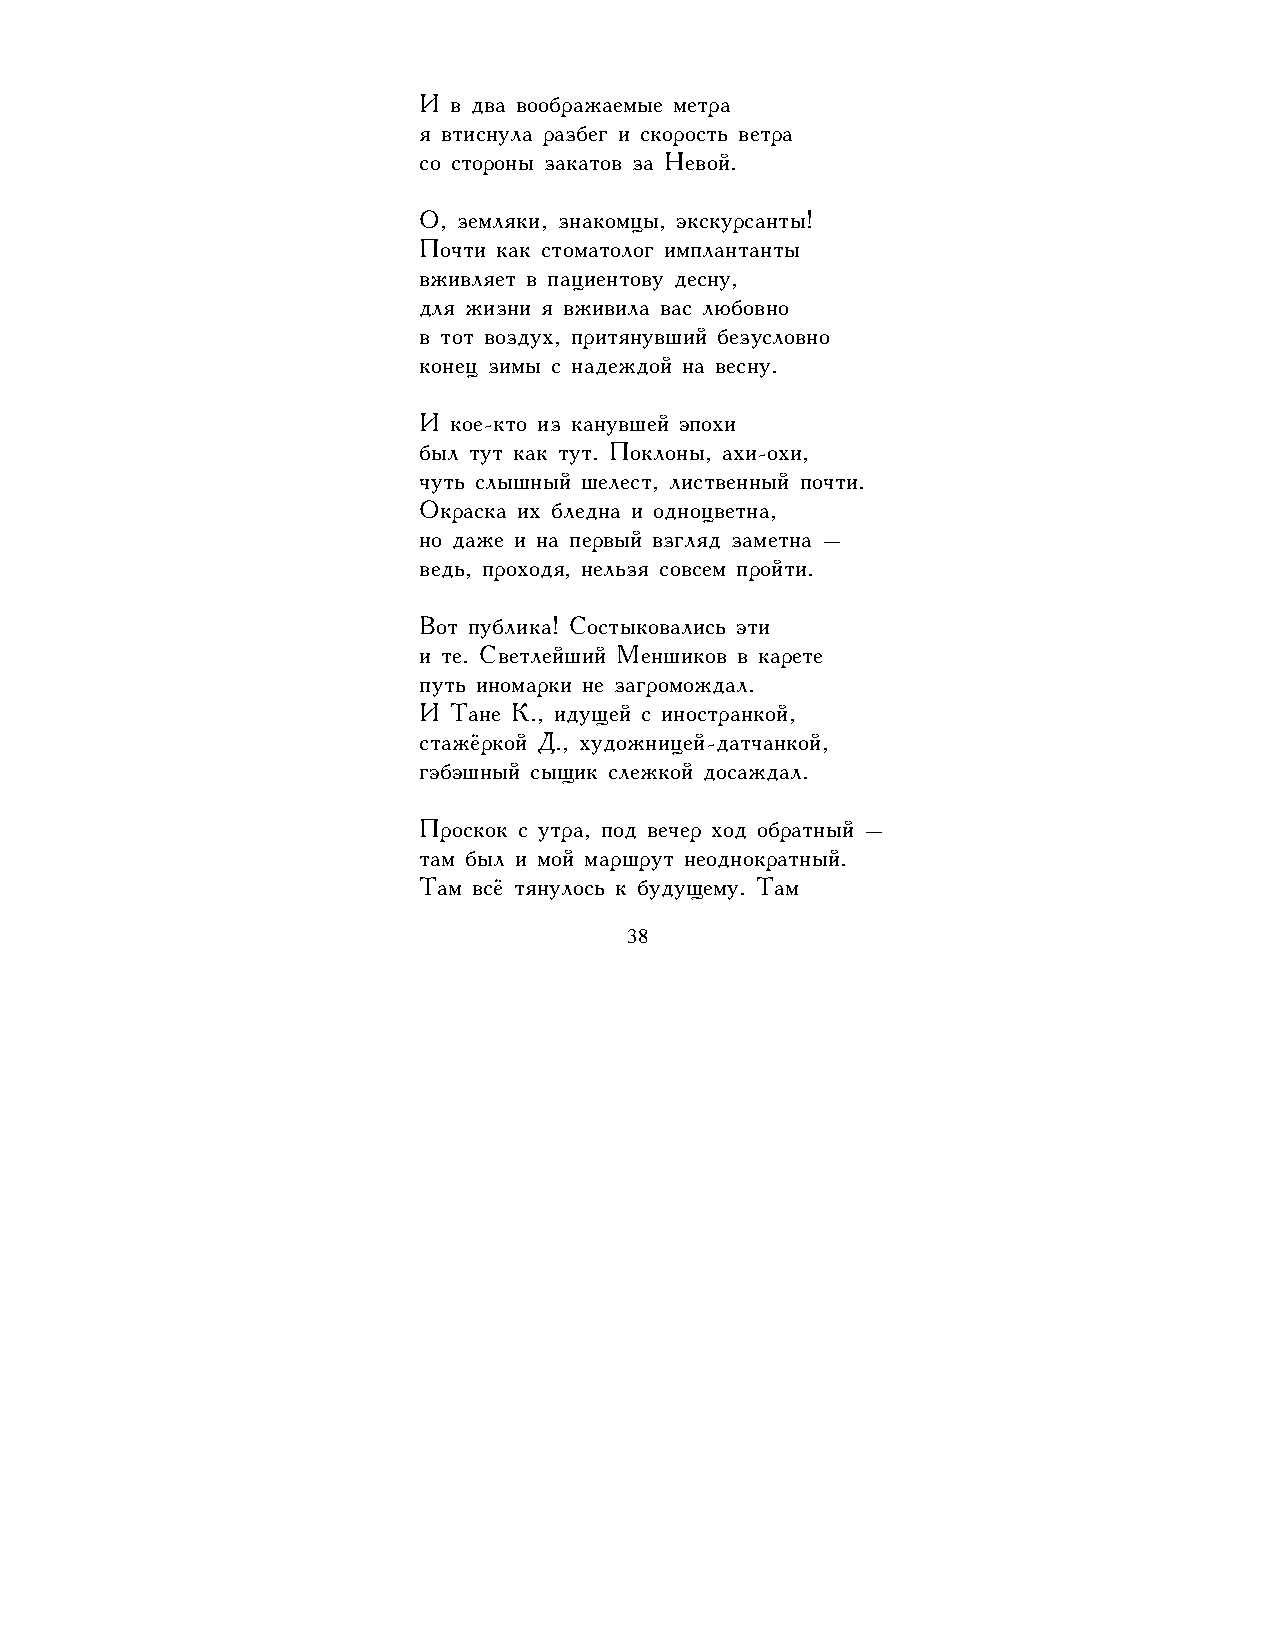
И в два воображаемые метра
 я втиснула разбег и скорость ветра
 со стороны закатов за Невой.
 О, земляки, знакомцы, экскурсанты!
 Почти как стоматолог имплантанты
 вживляет в пациентову десну,
 для жизни я вживила вас любовно
 в тот воздух, притянувший безусловно
 конец зимы с надеждой на весну.
 И кое-кто из канувшей эпохи
 был тут как тут. Поклоны, ахи-охи,
 чуть слышный шелест, лиственный почти.
 Окраска их бледна и одноцветна,
 но даже и на первый взгляд заметна –
 ведь, проходя, нельзя совсем пройти.
 Вот публика! Состыковались эти
 и те. Светлейший Меншиков в карете
 путь иномарки не загромождал.
 И Тане К., идущей с иностранкой,
 стажёркой Д., художницей-датчанкой,
 гэбэшный сыщик слежкой досаждал.
 Проскок с утра, под вечер ход обратный –
 там был и мой маршрут неоднократный.
 Там всё тянулось к будущему. Там
 38